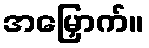
အမြှောက်။